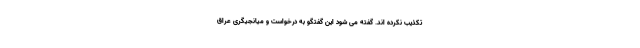
تکذیب نکرده اند. گفته می شود این گفتگو به درخواست و میانجیگری عراق